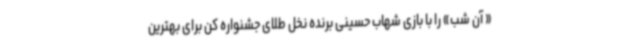
« آن شب» را با بازی شهاب حسینی برنده نخل طلای جشنواره کن برای بهترین